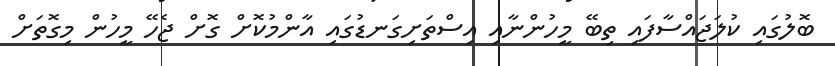
ބޮލުގައި ކުލަޖައްސާފައި ތިބޭ މީހުންނާއި އިސްތަށިގަނޑުގައި އާންމުކޮށް ގޮށް ޖެހޭ މީހުން މިގޮތަށް